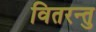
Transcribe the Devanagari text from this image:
वितरन्तु